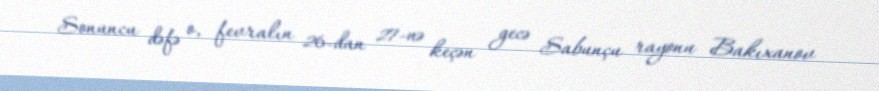
Sonuncu dəfə o, fevralın 26-dan 27-nə keçən gecə Sabunçu rayonu Bakıxanov